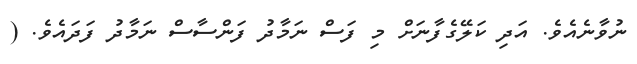
ނުވާނެއެވެ. އަދި ކަލޭގެފާނަށް މި ފަސް ނަމާދު ފަންސާސް ނަމާދު ފަދައެވެ. (